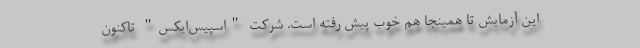
این آزمایش تا همینجا هم خوب پیش رفته است. شرکت "اسپیس‌ایکس" تاکنون